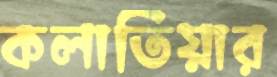
কলাতিয়ার